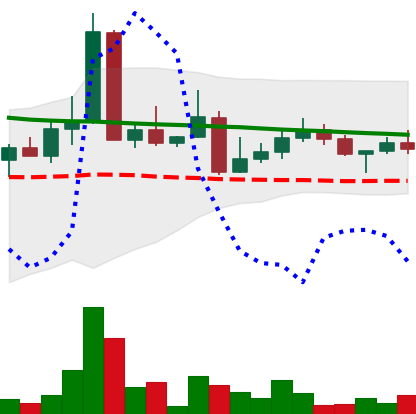
Ticker: DOGE-USD
Chart end date: 2022-04-20
Forward return: 12.125%
Label: up_7plus